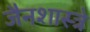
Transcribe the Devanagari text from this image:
जैनशास्त्रे